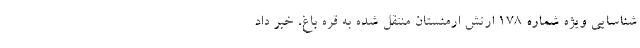
شناسایی ویژه شماره ۱۷۸ ارتش ارمنستان منتقل شده به قره باغ، خبر داد